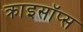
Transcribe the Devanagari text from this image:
क्राइसॉप्स